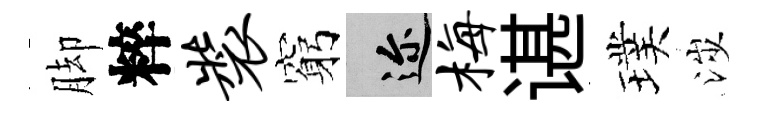
脚粹装窮邇梅谌璞涉